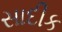
સાદીક